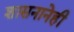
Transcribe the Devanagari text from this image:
शासनानेही